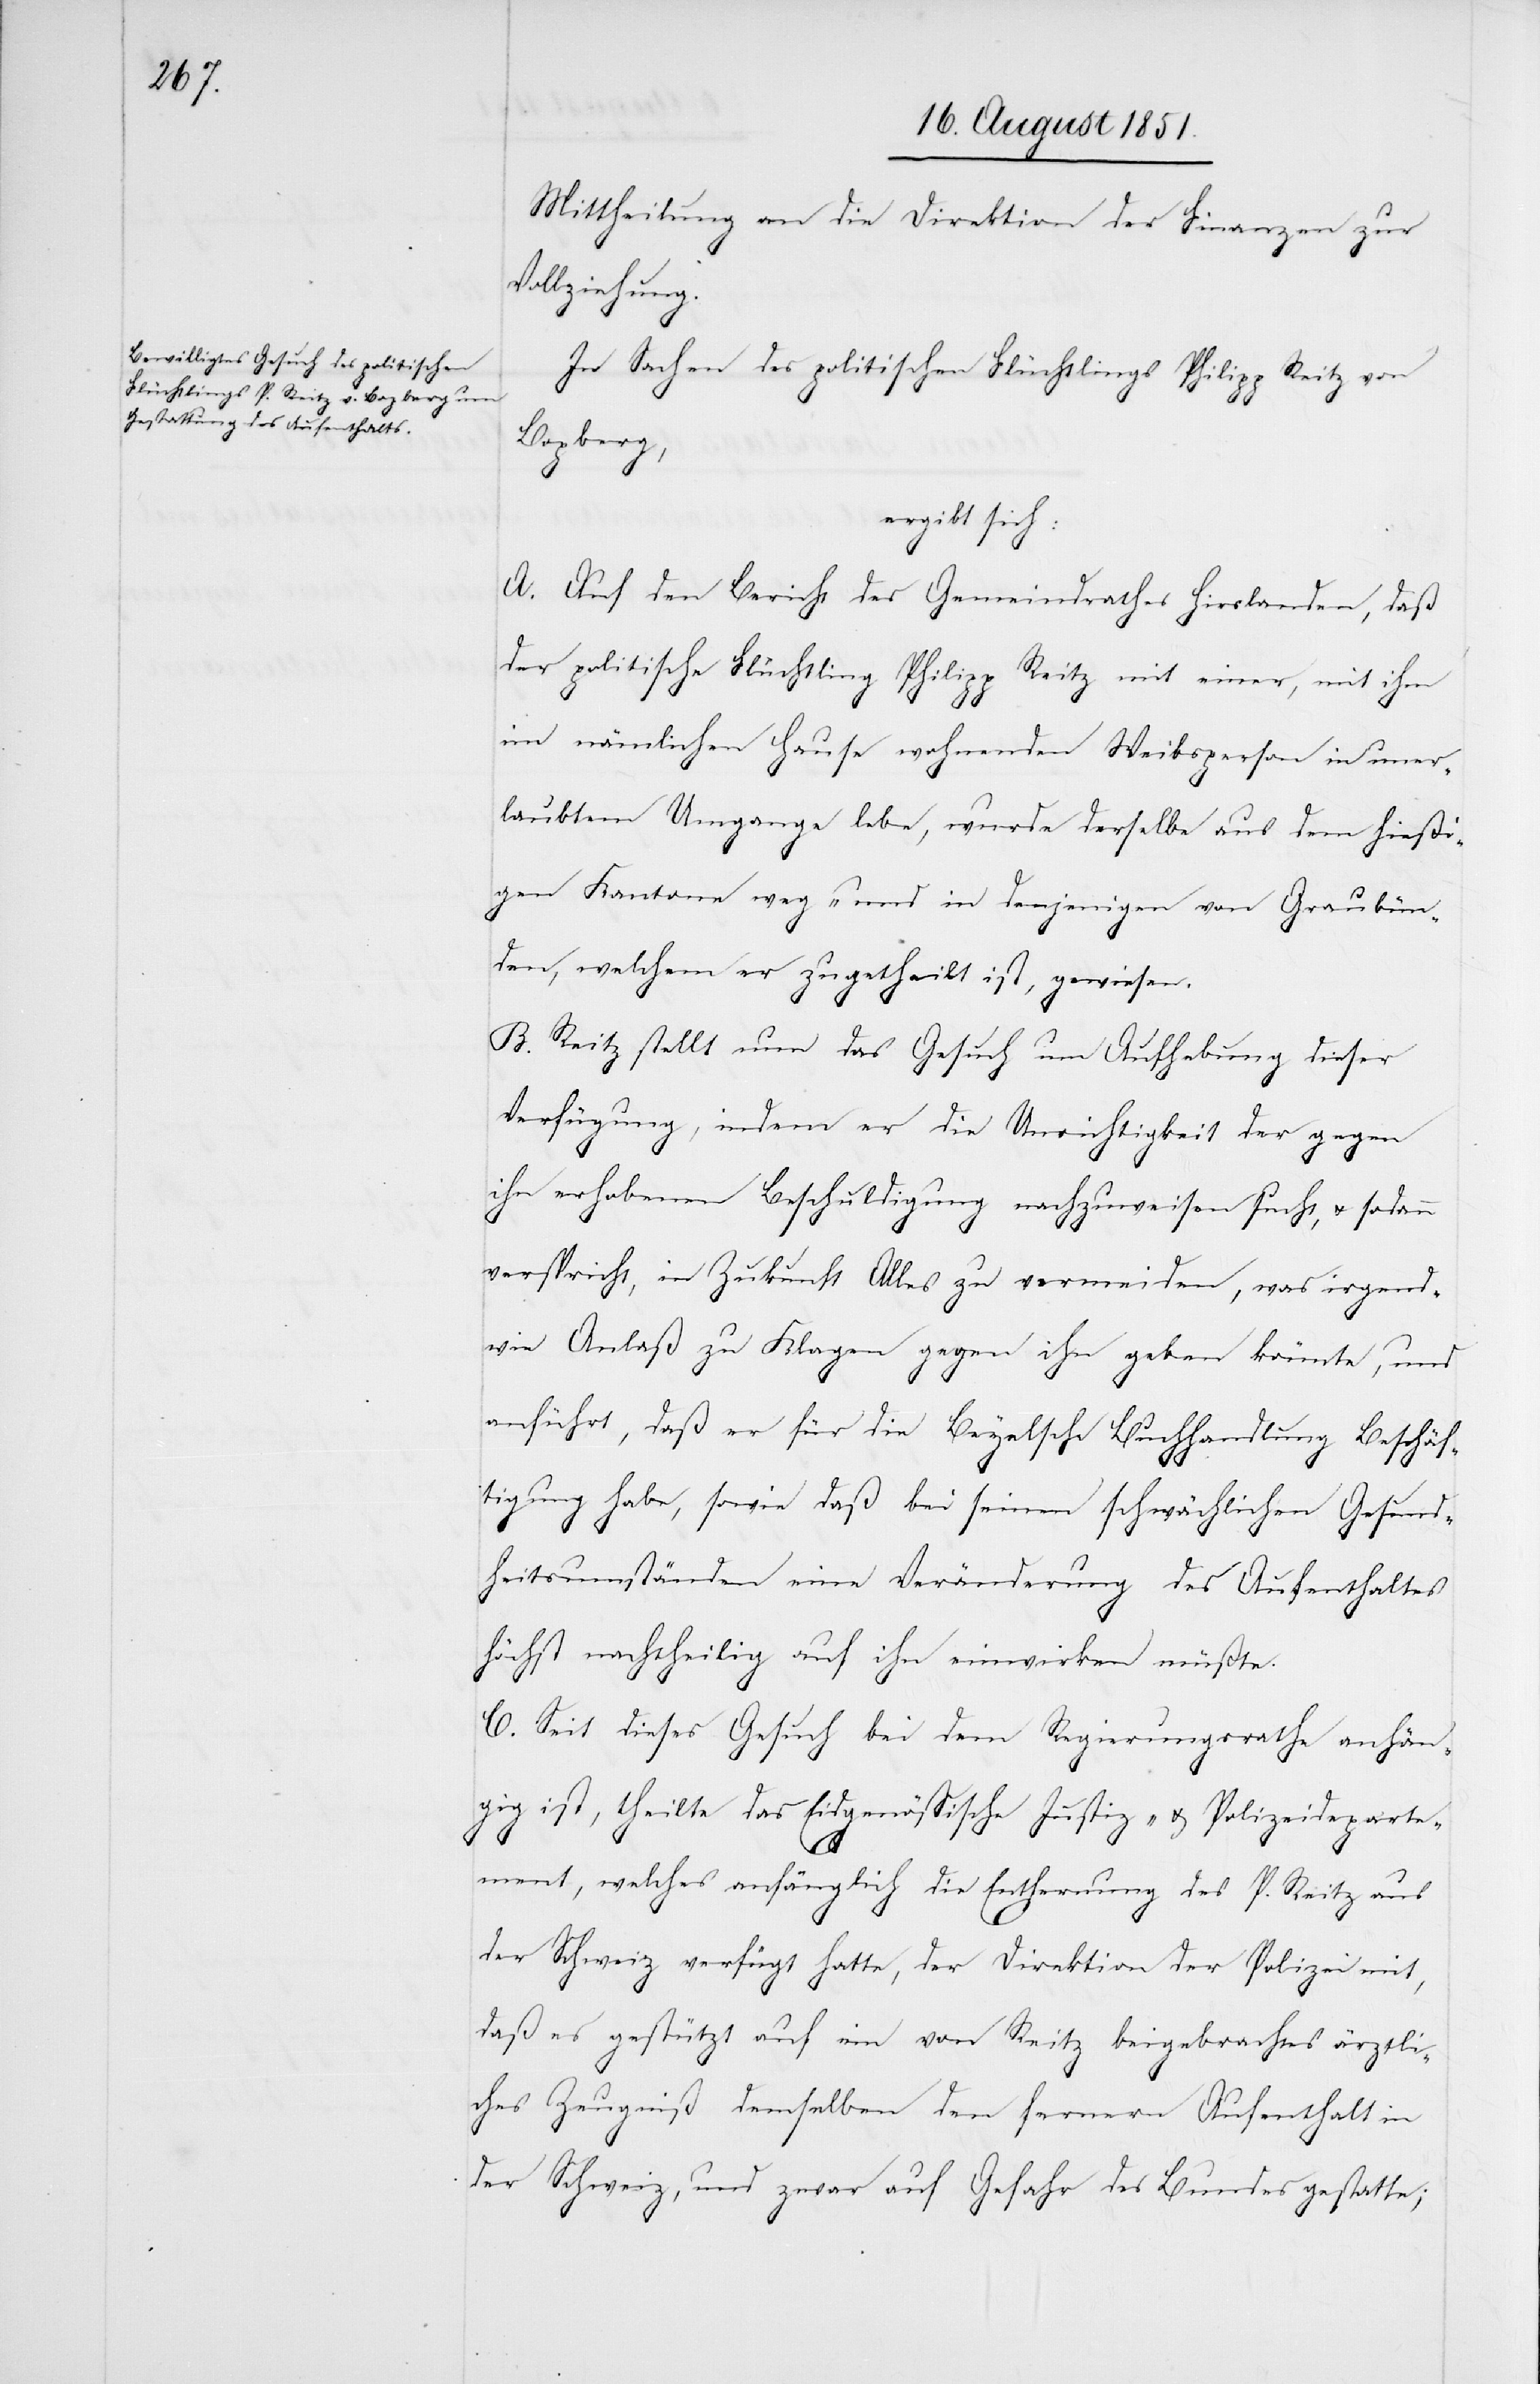
Mittheilung an die Direktion der Finanzen zur
Vollziehung.
In Sachen des politischen Flüchtlings Philipp Reitz von
Bopberg,
ergibt sich:
A. Auf den Bericht des Gemeindrathes Hirslanden, daß
der politische Flüchtling Philipp Reitz mit einer, mit ihm
im nämlichen Hause wohnenden Weibsperson in uner¬
laubtem Umgange lebe, wurde derselbe aus dem hießi¬
gen Kantone weg- und in denjenigen von Graubün¬
den, welchem er zugetheilt ist, gewiesen.
B. Reitz stellt nun das Gesuch um Aufhebung dieser
Verfügung, indem er die Unrichtigkeit der gegen
ihn erhobenen Beschuldigung nachzuweisen sucht, & sodann
verspricht, in Zukunft Alles zu vermeiden, was irgend¬
wie Anlaß zu Klagen gegen ihn geben könnte, und
anführt, daß er für die Beyelsche Buchhandlung Beschäf¬
tigung habe, sowie daß bei seinen schwächlichen Gesund¬
heitsumständen eine Veränderung des Aufenthaltes
höchst nachtheilig auf ihn einwirken müßte.
C. Seit dieses Gesuch bei dem Regierungsrathe anhän¬
gig ist, theilte das Eidgenössische Justiz- & Polizeideparte¬
ment, welches anfänglich die Entfernung des P. Reitz aus
der Schweiz verfügt hatte, der Direktion der Polizei mit,
daß es gestützt auf ein von Reitz beigebrachtes ärztli¬
ches Zeugniß demselben den fernern Aufenthalt in
der Schweiz, und zwar auf Gefahr des Bundes gestatte;